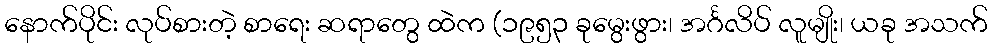
နောက်ပိုင်း လုပ်စားတဲ့ စာရေး ဆရာတွေ ထဲက (၁၉၅၃ ခုမွေးဖွား၊ အင်္ဂလိပ် လူမျိုး၊ ယခု အသက်